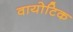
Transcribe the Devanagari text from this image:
वायोटिक